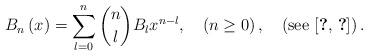
LaTeX: \begin{align*}B_{n}\left(x\right)=\sum_{l=0}^{n}\dbinom{n}{l}B_{l}x^{n-l},\quad\left(n\ge0\right),\quad\left(\mbox{see \cite{key-29,key-30}}\right).\end{align*}